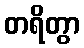
တရိတွာ